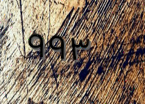
٩٩٣